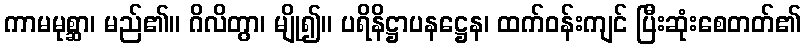
ကာမမုစ္ဆာ၊ မည်၏။ ဂိလိတွာ၊ မျို၍။ ပရိနိဋ္ဌာပနဋ္ဌေန၊ ထက်ဝန်းကျင် ပြီးဆုံးစေတတ်၏